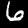
Digit: 6